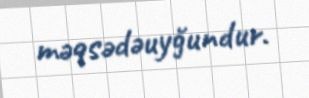
məqsədəuyğundur.